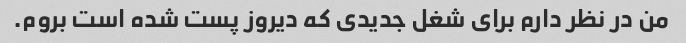
من در نظر دارم برای شغل جدیدی که دیروز پست شده است بروم.